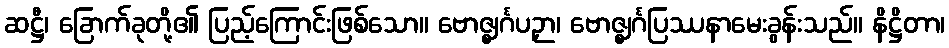
ဆဋ္ဌီ၊ ခြောက်ခုတို့၏ ပြည့်ကြောင်းဖြစ်သော။ ဗောဇ္ဈင်္ဂပဉှာ၊ ဗောဇ္ဈင်္ဂပြဿနာမေးခွန်းသည်။ နိဋ္ဌိတာ၊